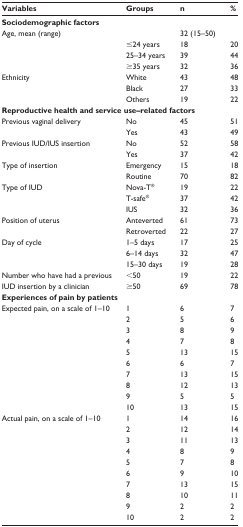
<table><thead><tr><td><b>Variables</b></td><td><b>Groups</b></td><td><b>n</b></td><td><b>%</b></td></tr></thead><tbody><tr><td colspan="4"><b>Sociodemographic factors</b></td></tr><tr><td rowspan="4">Age, mean (range)</td><td></td><td>32 (15–50)</td><td></td></tr><tr><td>≤24 years</td><td>18</td><td>20</td></tr><tr><td>25–34 years</td><td>39</td><td>44</td></tr><tr><td>≥35 years</td><td>32</td><td>36</td></tr><tr><td rowspan="3">Ethnicity</td><td>White</td><td>43</td><td>48</td></tr><tr><td>Black</td><td>27</td><td>33</td></tr><tr><td>Others</td><td>19</td><td>22</td></tr><tr><td colspan="4"><b>Reproductive health and service use–related factors</b></td></tr><tr><td rowspan="2">Previous vaginal delivery</td><td>No</td><td>45</td><td>51</td></tr><tr><td>Yes</td><td>43</td><td>49</td></tr><tr><td rowspan="2">Previous IUD/IUS insertion</td><td>No</td><td>52</td><td>58</td></tr><tr><td>Yes</td><td>37</td><td>42</td></tr><tr><td rowspan="2">Type of insertion</td><td>Emergency</td><td>15</td><td>18</td></tr><tr><td>Routine</td><td>70</td><td>82</td></tr><tr><td rowspan="3">Type of IUD</td><td>Nova-T<sup>®</sup></td><td>19</td><td>22</td></tr><tr><td>T-safe<sup>®</sup></td><td>37</td><td>42</td></tr><tr><td>IUS</td><td>32</td><td>36</td></tr><tr><td rowspan="2">Position of uterus</td><td>Anteverted</td><td>61</td><td>73</td></tr><tr><td>Retroverted</td><td>22</td><td>27</td></tr><tr><td rowspan="3">Day of cycle</td><td>1–5 days</td><td>17</td><td>25</td></tr><tr><td>6–14 days</td><td>32</td><td>47</td></tr><tr><td>15–30 days</td><td>19</td><td>28</td></tr><tr><td>Number who have had a previous</td><td>&lt;50</td><td>19</td><td>22</td></tr><tr><td>IUD insertion by a clinician</td><td>≥50</td><td>69</td><td>78</td></tr><tr><td colspan="4"><b>Experiences of pain by patients</b></td></tr><tr><td rowspan="10">Expected pain, on a scale of 1–10</td><td>1</td><td>6</td><td>7</td></tr><tr><td>2</td><td>5</td><td>6</td></tr><tr><td>3</td><td>8</td><td>9</td></tr><tr><td>4</td><td>7</td><td>8</td></tr><tr><td>5</td><td>13</td><td>15</td></tr><tr><td>6</td><td>6</td><td>7</td></tr><tr><td>7</td><td>13</td><td>15</td></tr><tr><td>8</td><td>12</td><td>13</td></tr><tr><td>9</td><td>5</td><td>5</td></tr><tr><td>10</td><td>13</td><td>15</td></tr><tr><td rowspan="10">Actual pain, on a scale of 1–10</td><td>1</td><td>14</td><td>16</td></tr><tr><td>2</td><td>12</td><td>14</td></tr><tr><td>3</td><td>11</td><td>13</td></tr><tr><td>4</td><td>8</td><td>9</td></tr><tr><td>5</td><td>7</td><td>8</td></tr><tr><td>6</td><td>9</td><td>10</td></tr><tr><td>7</td><td>13</td><td>15</td></tr><tr><td>8</td><td>10</td><td>11</td></tr><tr><td>9</td><td>2</td><td>2</td></tr><tr><td>10</td><td>2</td><td>2</td></tr></tbody></table>